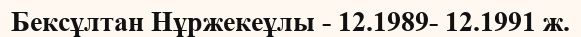
Бексұлтан Нұржекеұлы - 12.1989- 12.1991 ж.